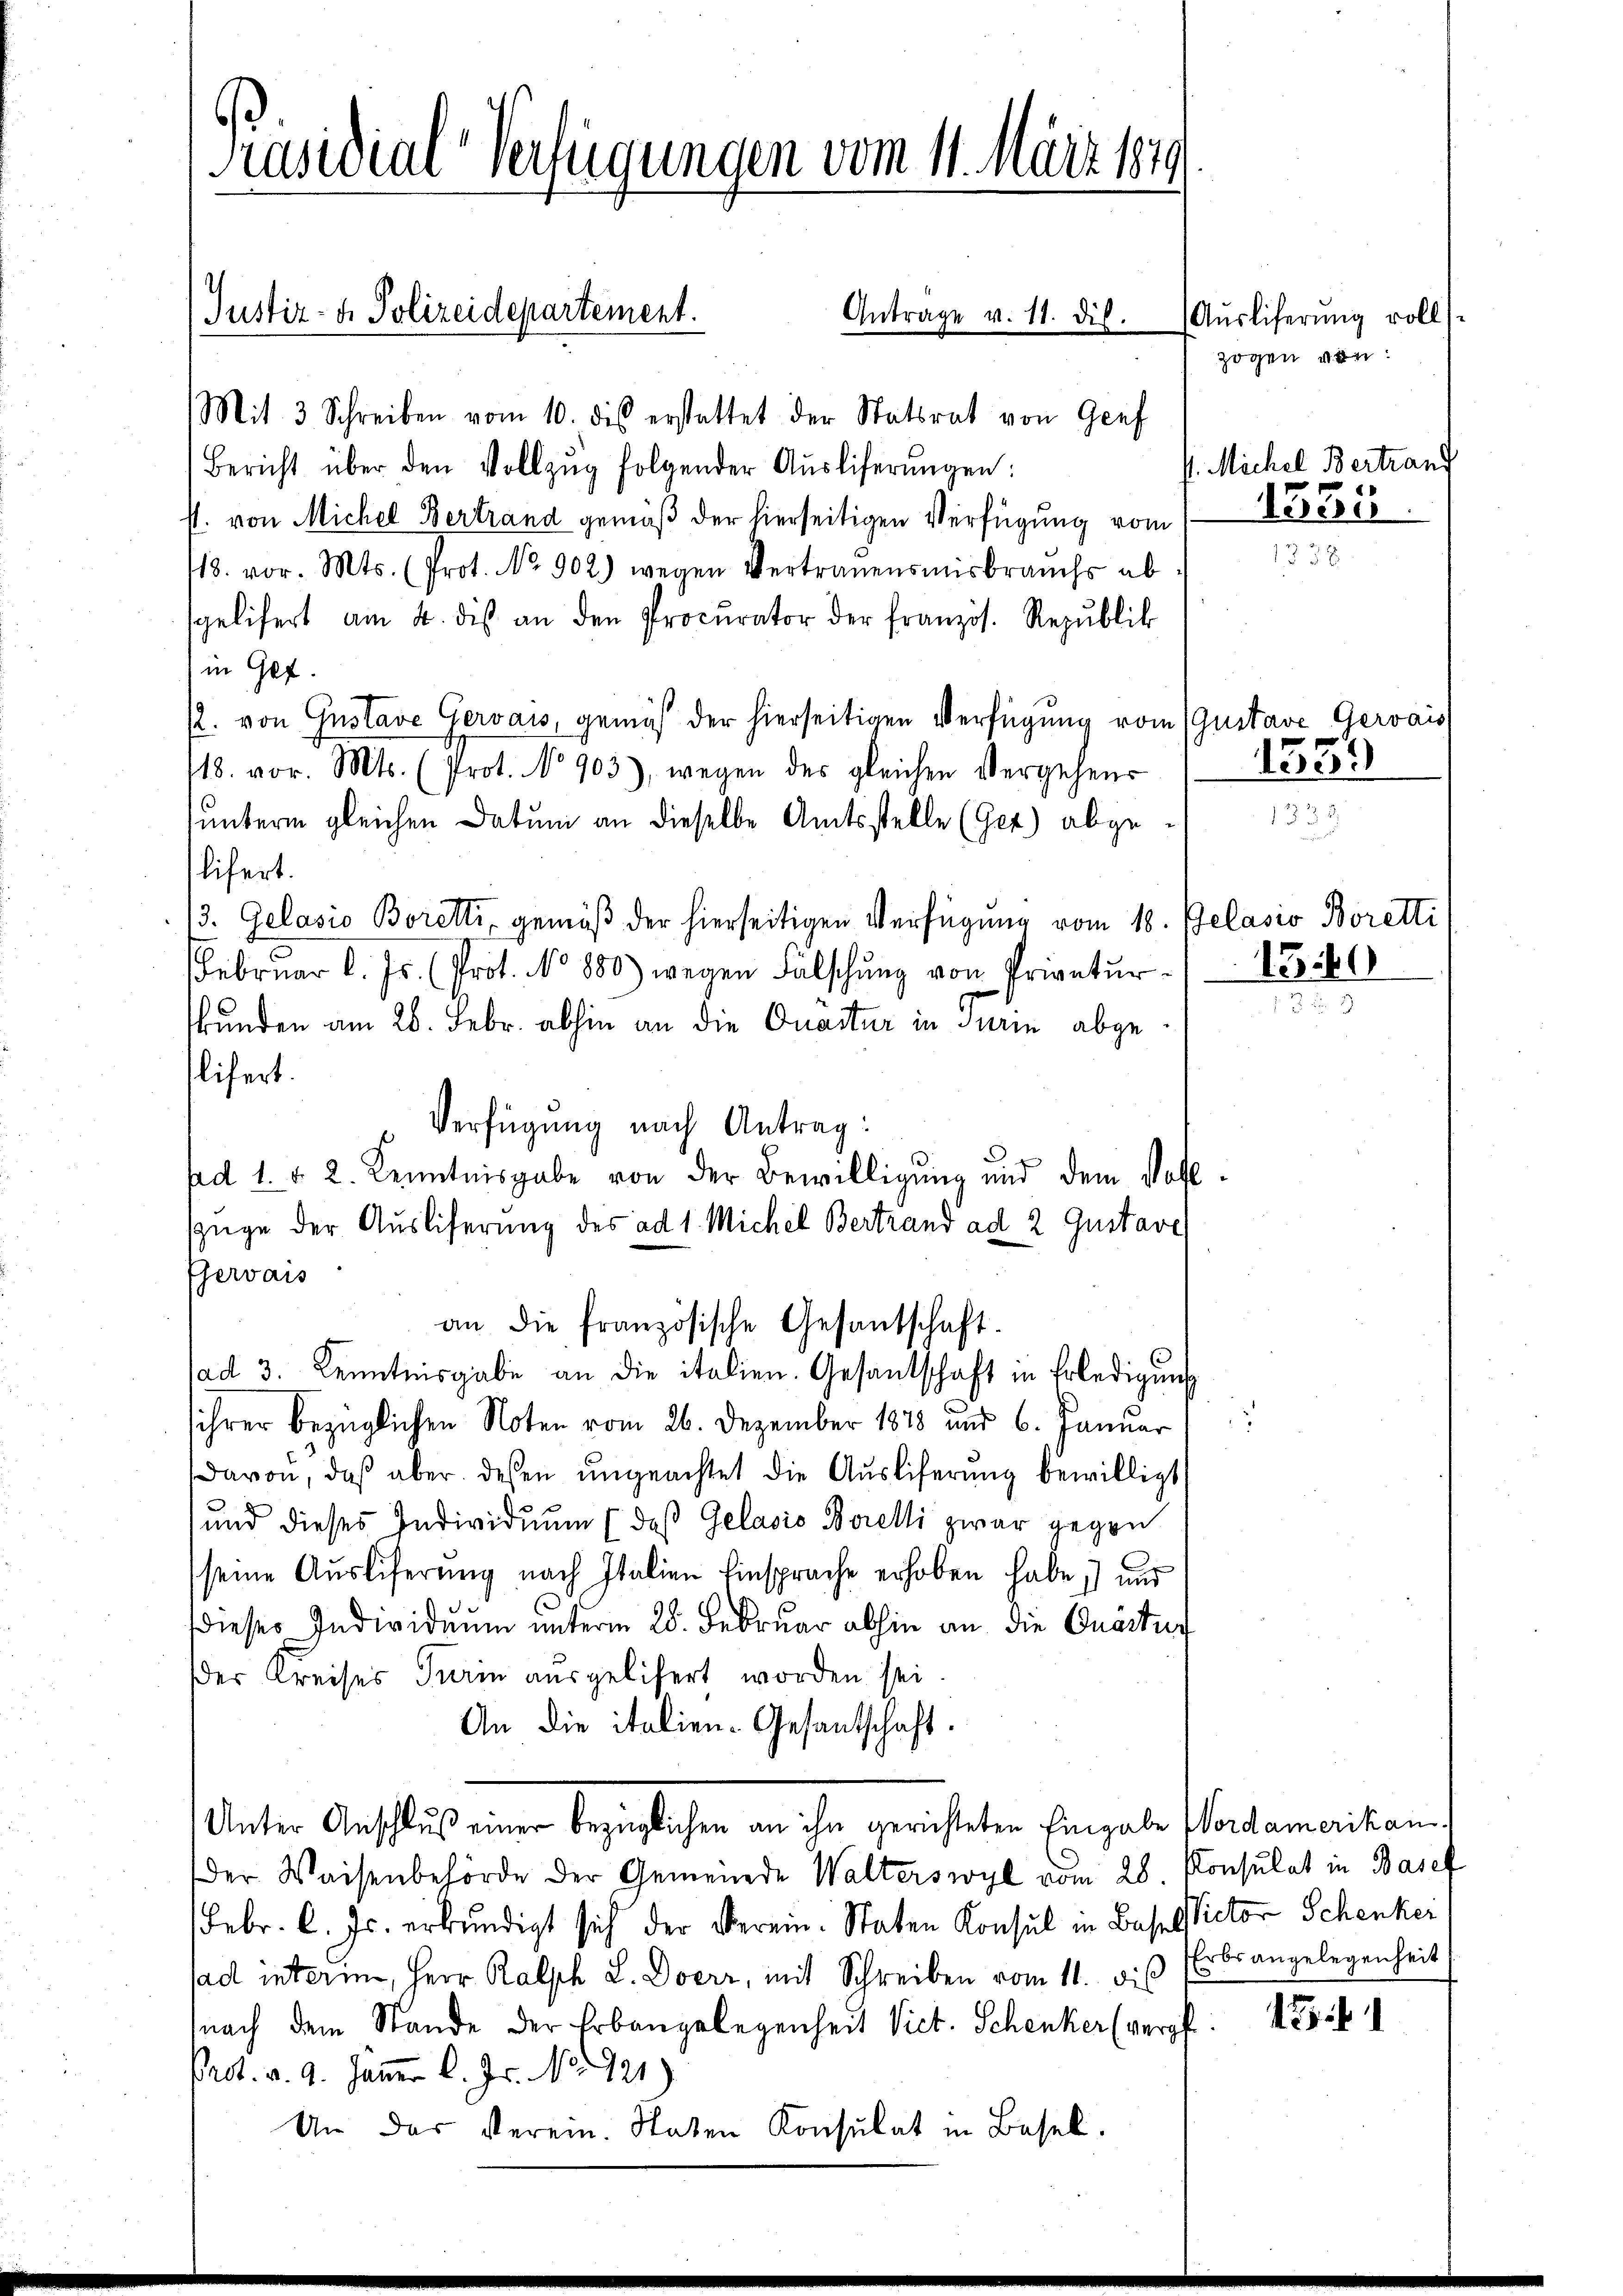
Präsidial-Verfügungen vom 11. März 1849.

Justiz- & Polizeidepartement.
Getrage v. 11. die

Mit 3 Schreiben vom 10. dis erstattet der Statsrat von Genf
Bericht über den Vollzŭg folgender Aŭsliferŭngen:
st. von Michel Bertrand gemäß der hierseitigen Verfügung vom
18. vor. Mts. (Prot. No 902.) wegen Vertrauensmisbrauchs ab
sgelifert am 4. dies an den Procurator der französ. Republik
in Gef
R. von Gustave Gervass, gemäß der hierseitigen Verfügung vom (Gustave Gervais
18. vor. Mts. (Prot. No 903), wegen des gleichen Vergehens
sunterm gleichen Datum an dieselbe Amtsstelle (Get) abgelifert.
13. Gelasio Borelti, gemäß der hierseitigen Verfügung vom 18. Gelasio Boretti
Februar l. Js. (Prot. No 880) wegen Falschŭng von Privatŭr-
kunden am 26. Febr. abhin an die Quaitur in Turin abgetlichert.
Verfügung nach Antrag:
fad 1. d. 2. Kenntnisgabe von der Bewilligung und dem Vollzüge der Ausliferung des ad 1. Michel Bertrand ad 2 Gustave
Gewais
an die französische Gesandschaft.
sad 3. Kenntnisgabe an die italien. Gesandschaft in Erledigung
ihrer bezüglichen Noten vom 26. Dezember 1878 und 6. Januar
davon, daß aber dessen ŭngeachtet die Aŭsliferŭng bewilligt
und dieses Individuum (das Gelasis Borelli zwar gegen
seine Auslieferung nach Italien Einsprache erhoben habe; und
dieses Individuum unterm 28. Februar abhin an die Quästu
Der Kreises Turin ausgelifert worden sei.
An die italien-Gesandschaft.
Unter Anschluß einer bezüglichen an ihn gerichteten Eingabe Vordamerikan
Der Waisenbehörde der Gemeinde Walterswyl vom 28 Konsulat in Basef
Febr. l. Js. erkundigt sich der Verein. Staten Konsul in Baselsictor Schenkei
sad interin, Herr Ralph L. Doerz, mit Schreiben vom 11. dis
nach dem Stande der Erbangelegenheit Vict. Schenker (verpf
Prot. v. 9. Jänner l. Js. No 921)
Um der verein. Staten Konsulat in Basel.

Auslieferung voll
zogen von:

P. Michel Bertrand
1535

1539

1340

Erbs angelegenheit

1